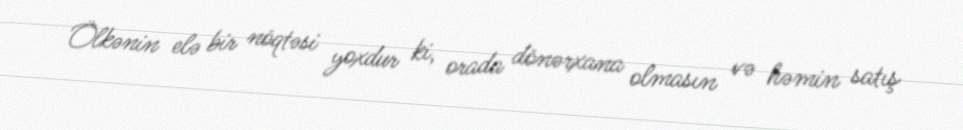
Ölkənin elə bir nöqtəsi yoxdur ki, orada dönərxana olmasın və həmin satış